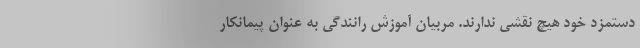
دستمزد خود هیچ نقشی ندارند. مربیان آموزش رانندگی به عنوان پیمانکار